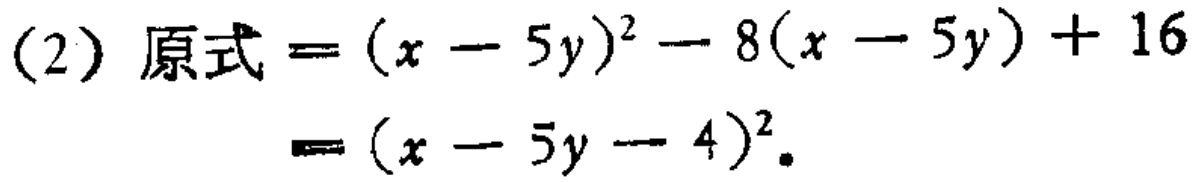
(2) 原式$=(x - 5y)^2 - 8(x - 5y) + 16$

$=(x - 5y - 4)^2$。